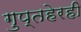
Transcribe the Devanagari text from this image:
गुप्तहेरही